Scientific memoirs by medical officers of the Army of India - Part VII,
Year: 1892
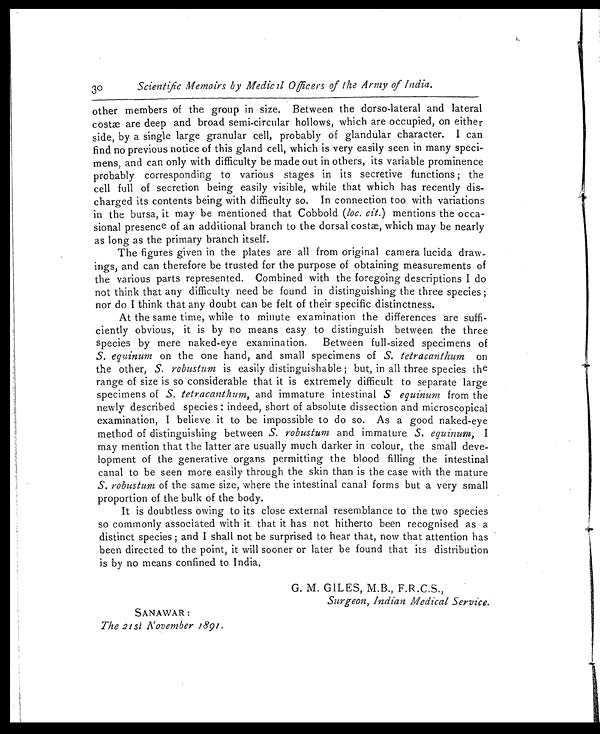
3o
Scientific Memoirs by Medical Officers of the Army of India.
other members of the group in size. Between the dorso-lateral and lateral
costæ are deep and broad semi-circular hollows, which are occupied, on either
side, by a single large granular cell, probably of glandular character. I can
find no previous notice of this gland cell, which is very easily seen in many speci-
mens, and can only with difficulty be made out in others, its variable prominence
probably corresponding to various stages in its secretive functions ; the
cell full of secretion being easily visible, while that which has recently dis-
charged its contents being with difficulty so. In connection too with variations
in the bursa, it may be mentioned that Cobbold ( loc. cit. ) mentions the occa-
sional presence of an additional branch to the dorsal costæ, which may be nearly
as long as the primary branch itself.
The figures given in the plates are all from original camera lucida draw
- i n g s , a n d c a n t h e r e f o r e b e t r u s t e d f o r t h e p u r p o s e o f o b t a i n i n g m e a s u r e m e n t s o f
the various parts represented. Combined with the foregoing descriptions I do
not think that any difficulty need be found in distinguishing the three species ;
nor do I think that any doubt can be felt of their specific distinctness.
At the same time, while to minute examination the differences are suffi-
ciently obvious, it is by no means easy to distinguish between the three
species by mere naked-eye examination. Between full-sized specimens of
S. equinum on the one hand, and small specimens of S. tetracanthum on
the other, S. robustum is easily distinguishable ; but, in all three species the
range of size is so considerable that it is extremely difficult to separate large
specimens of S. tetracanthum, and immature intestinal S equinum from the
newly described species : indeed, short of absolute dissection and microscopical
examination, I believe it to be impossible to do so. As a good naked-eye
method of distinguishing between S. robustum and immature S. equinum, I
may mention that the latter are usually much darker in colour, the small deve-
lopment of the generative organs permitting the blood filling the intestinal
canal to be seen more easily through the skin than is the case with the mature
S. robustum of the same size, where the intestinal canal forms but a very small
proportion of the bulk of the body.
It is doubtless owing to its close external resemblance to the two species
so commonly associated with it that it has not hitherto been recognised as a
distinct species ; and I shall not be surprised to hear that, now that attention has
been directed to the point, it will sooner or later be found that its distribution
is by no means confined to India.
G. M. GILES, M.B., F.R.C.S.,
Surgeon, Indian Medical Service.
SANAWAR :
The 21st November 1891.